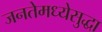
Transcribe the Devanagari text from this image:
जनतेमध्येसुद्धा